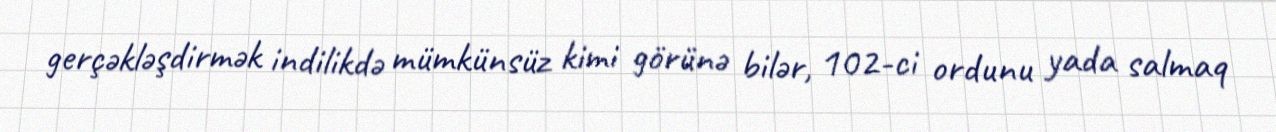
gerçəkləşdirmək indilikdə mümkünsüz kimi görünə bilər, 102-ci ordunu yada salmaq